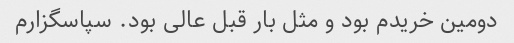
دومین خریدم بود و مثل بار قبل عالی بود. سپاسگزارم